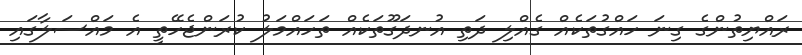
ރައްޔިތުންގެ ގިނަ ހައްގުތަކެއް ގެއްލި ދަތި އުނދަގޫތަކެއް ތަހައްމަލު ކުރަންޖެހޭތީ އެ މައްސަލާގައި